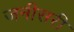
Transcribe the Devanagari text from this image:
जनीसरी